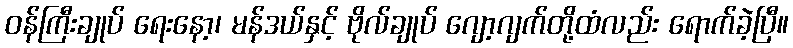
ဝန်ကြီးချုပ် ရေးနော့၊ မန်ဒယ်နှင့် ဗိုလ်ချုပ် ဂျော့ဂျက်တို့ထံလည်း ရောက်ခဲ့ပြီ။